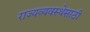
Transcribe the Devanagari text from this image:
राज्यव्यवस्थेसाठी